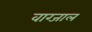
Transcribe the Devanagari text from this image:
वाग्जाल